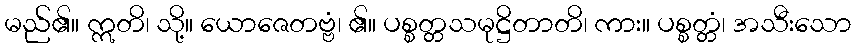
မည်၏။ ဣတိ၊ သို့။ ယောဇေတဗ္ဗံ၊ ၏။ ပစ္စတ္တသမုဋ္ဌိတာတိ၊ ကား။ ပစ္စတ္တံ၊ အသီးသော